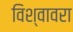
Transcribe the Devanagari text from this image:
विश्वावरा